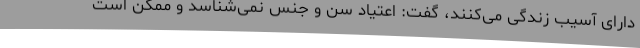
دارای آسیب زندگی می‌کنند، گفت: اعتیاد سن و جنس نمی‌شناسد و ممکن است